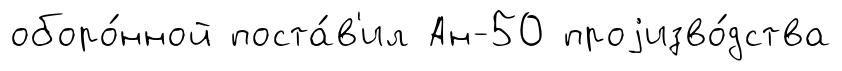
оборо́нной поста́в'ил Ан-50 проjизво́дства